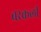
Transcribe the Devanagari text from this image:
बरकली